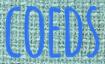
COEDS